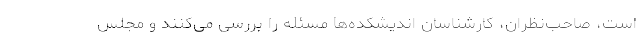
است، صاحب‌نظران، کارشناسان اندیشکده‌ها مسئله را بررسی می‌کنند و مجلس